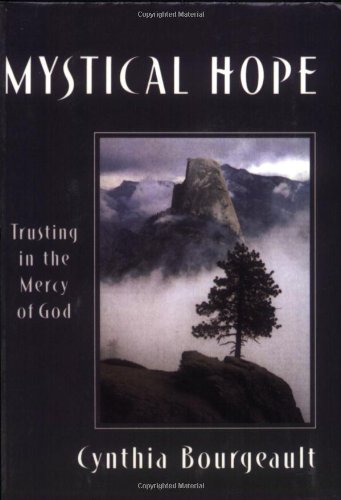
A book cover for Mystical Hope: Trusting in the Mercy of God (Cloister Books); Cynthia Bourgeault; Christian Books & Bibles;